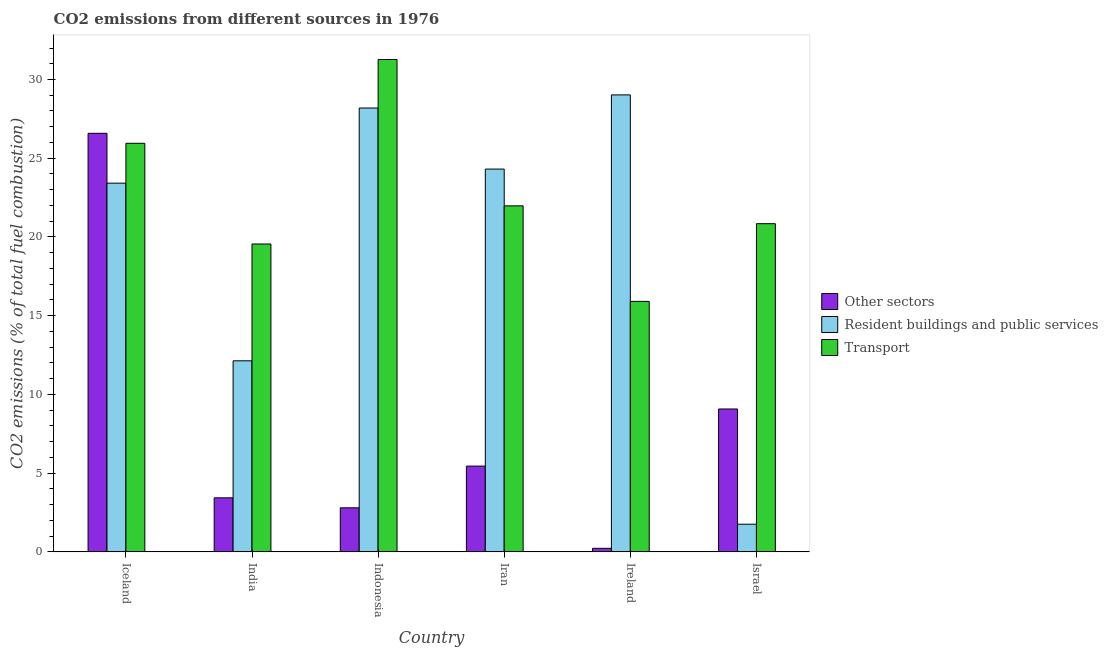
| Country | Other sectors | Resident buildings and public services | Transport |
 | --- | --- | --- | --- |
 | Iceland | 26.6 | 23.4 | 25.9 |
 | India | 3.43 | 12.1 | 19.6 |
 | Indonesia | 2.8 | 28.2 | 31.3 |
 | Iran | 5.45 | 24.3 | 22 |
 | Ireland | 0.225 | 29 | 15.9 |
 | Israel | 9.07 | 1.76 | 20.8 |